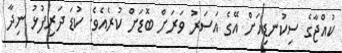
ކުއްޖާގެ ސިކުނޑިއަށް އޭގެ އަސަރު ވަރަށް ބޮޑަށް ކުރެއެވެ. ކުޑަ ދަރިފުޅު ނިދާ